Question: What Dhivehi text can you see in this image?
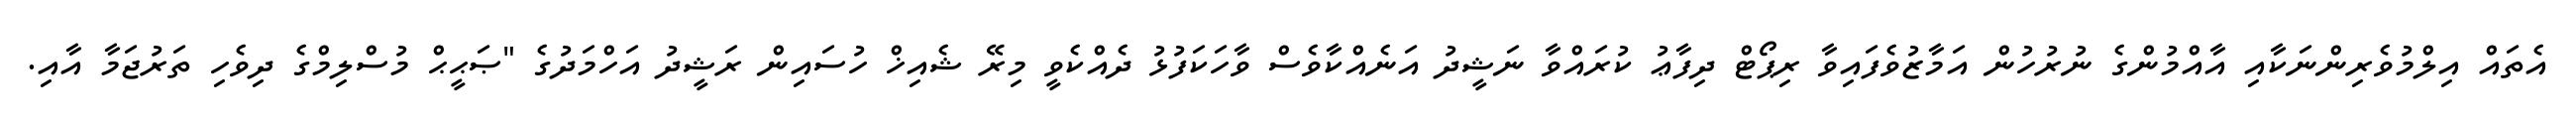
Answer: އެތައް އިލްމުވެރިންނަކާއި އާއްމުންގެ ނުރުހުން އަމާޒުވެފައިވާ ރިޕޯޓް ދިފާޢު ކުރައްވާ ނަޝީދު އަނެއްކާވެސް ވާހަކަފުޅު ދެއްކެވީ މިރޭ ޝެއިޚް ހުސައިން ރަޝީދު އަހްމަދުގެ "ޞަޙީޙް މުސްލިމްގެ ދިވެހި ތަރުޖަމާ އާއި.